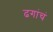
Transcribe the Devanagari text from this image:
ढगांचं